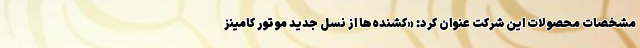
مشخصات محصولات این شرکت عنوان کرد: «کشنده‌ها از نسل جدید موتور کامینز